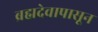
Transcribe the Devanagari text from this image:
ब्रह्मदेवापासून